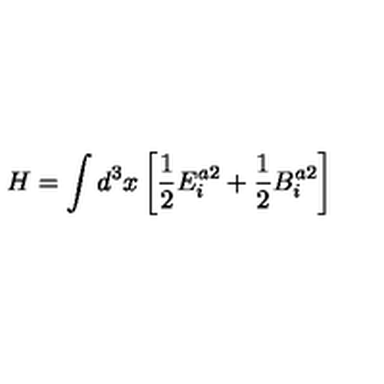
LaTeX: H = \int d ^ { 3 } x \left[ { \frac { 1 } { 2 } } E _ { i } ^ { a 2 } + { \frac { 1 } { 2 } } B _ { i } ^ { a 2 } \right]